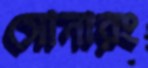
সোনারং